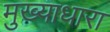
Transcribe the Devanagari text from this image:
मुख्याधारा